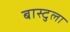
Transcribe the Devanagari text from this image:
बास्टुला